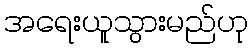
အရေးယူသွားမည်ဟု